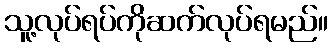
သူ့လုပ်ရပ်ကိုဆက်လုပ်ရမည်။